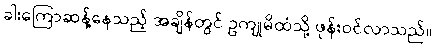
ခါးကြောဆန့်နေသည့် အချိန်တွင် ဥကျုမိထံသို့ ဖုန်းဝင်လာသည်။